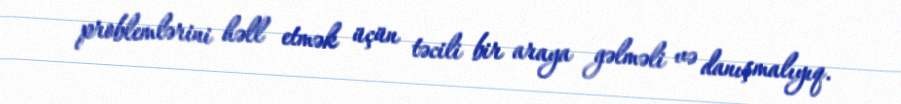
problemlərini həll etmək üçün təcili bir araya gəlməli və danışmalıyıq.